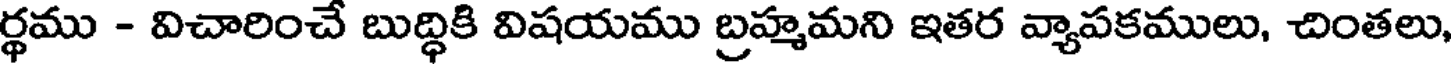
ర్థము - విచారించే బుద్ధికి విషయము బ్రహ్మమని ఇతర వ్యాపకములు, చింతలు,